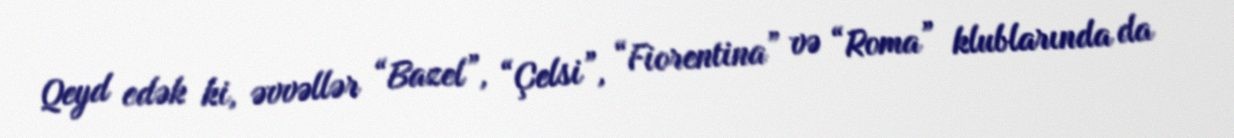
Qeyd edək ki, əvvəllər “Bazel”, “Çelsi”, “Fiorentina” və “Roma” klublarında da